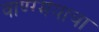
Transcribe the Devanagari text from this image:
वाण्ग्मयाचा